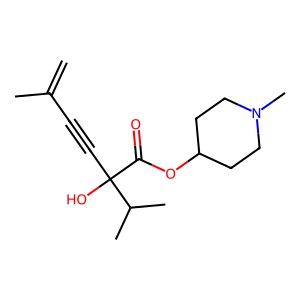
SMILES: C=C(C)C#CC(O)(C(=O)OC1CCN(C)CC1)C(C)C
Inhibits HIV replication: No